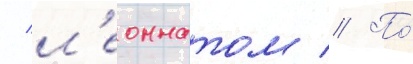
/ л'еоннатом // По́